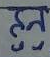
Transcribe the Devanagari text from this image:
हन